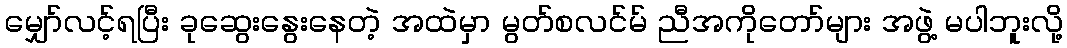
မျှော်လင့်ရပြီး ခုဆွေးနွေးနေတဲ့ အထဲမှာ မွတ်စလင်မ် ညီအကိုတော်များ အဖွဲ့ မပါဘူးလို့